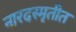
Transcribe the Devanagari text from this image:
नारदस्मृतीत